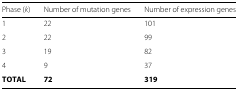
<table><thead><tr><td><b>Phase (<i>k</i>)</b></td><td><b>Number of mutation genes</b></td><td><b>Number of expression genes</b></td></tr></thead><tbody><tr><td>1</td><td>22</td><td>101</td></tr><tr><td>2</td><td>22</td><td>99</td></tr><tr><td>3</td><td>19</td><td>82</td></tr><tr><td>4</td><td>9</td><td>37</td></tr><tr><td><b>T</b><b>O</b><b>T</b><b>A</b><b>L</b></td><td><b>72</b></td><td><b>319</b></td></tr></tbody></table>